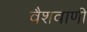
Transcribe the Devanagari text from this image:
वैशवाणी